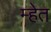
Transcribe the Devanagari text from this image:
म्हेत